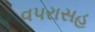
વપરાસહ